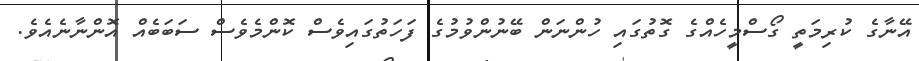
އޭނާގެ ކުރިމަތީ ގޯސްމީހެއްގެ ގޮތުގައި ހުންނަން ބޭނުންވުމުގެ ފަހަތުގައިވެސް ކޮންމެވެސް ސަބަބެއް އޮންނާނެއެވެ.